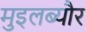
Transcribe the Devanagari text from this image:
मुइलब्यौर